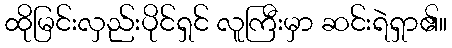
ထိုမြင်းလှည်းပိုင်ရှင် လူကြီးမှာ ဆင်းရဲရှာ၏။